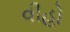
વીહો